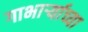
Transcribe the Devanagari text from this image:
गाभार्र्‍याच्या